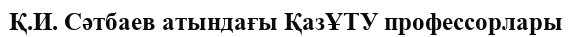
Қ.И. Сәтбаев атындағы ҚазҰТУ профессорлары